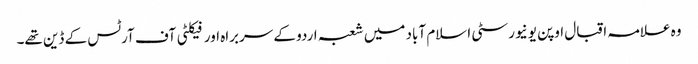
وہ علامہ اقبال اوپن یونیورسٹی اسلام آباد میں شعبہ اردو کے سربراہ اور فیکلٹی آف آرٹس کے ڈین تھے۔